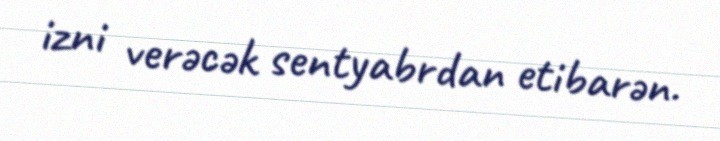
izni verəcək sentyabrdan etibarən.